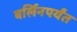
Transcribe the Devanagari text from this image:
बर्लिनपर्यंत